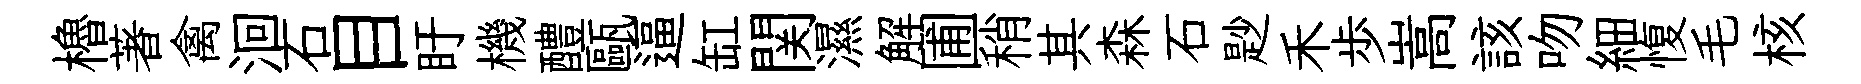
櫓著禽洄石目盱機醴甌逼缸関濕解圃稍其森石尟禾歩嵩該吻細愎毛核